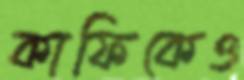
কাফিকেও